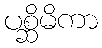
ပစ္ဆိမိကာ